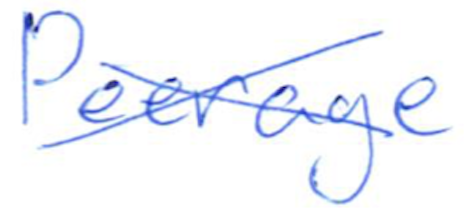
Text: Peerage
Cross-out: cross
Writing tool: ballpoint